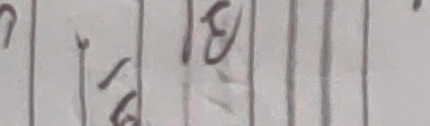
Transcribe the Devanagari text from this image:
१६। १८